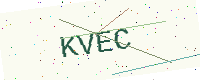
Text: KVEC